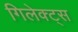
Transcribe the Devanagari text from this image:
गिलेक्ट्स